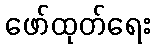
ဖော်ထုတ်ရေး